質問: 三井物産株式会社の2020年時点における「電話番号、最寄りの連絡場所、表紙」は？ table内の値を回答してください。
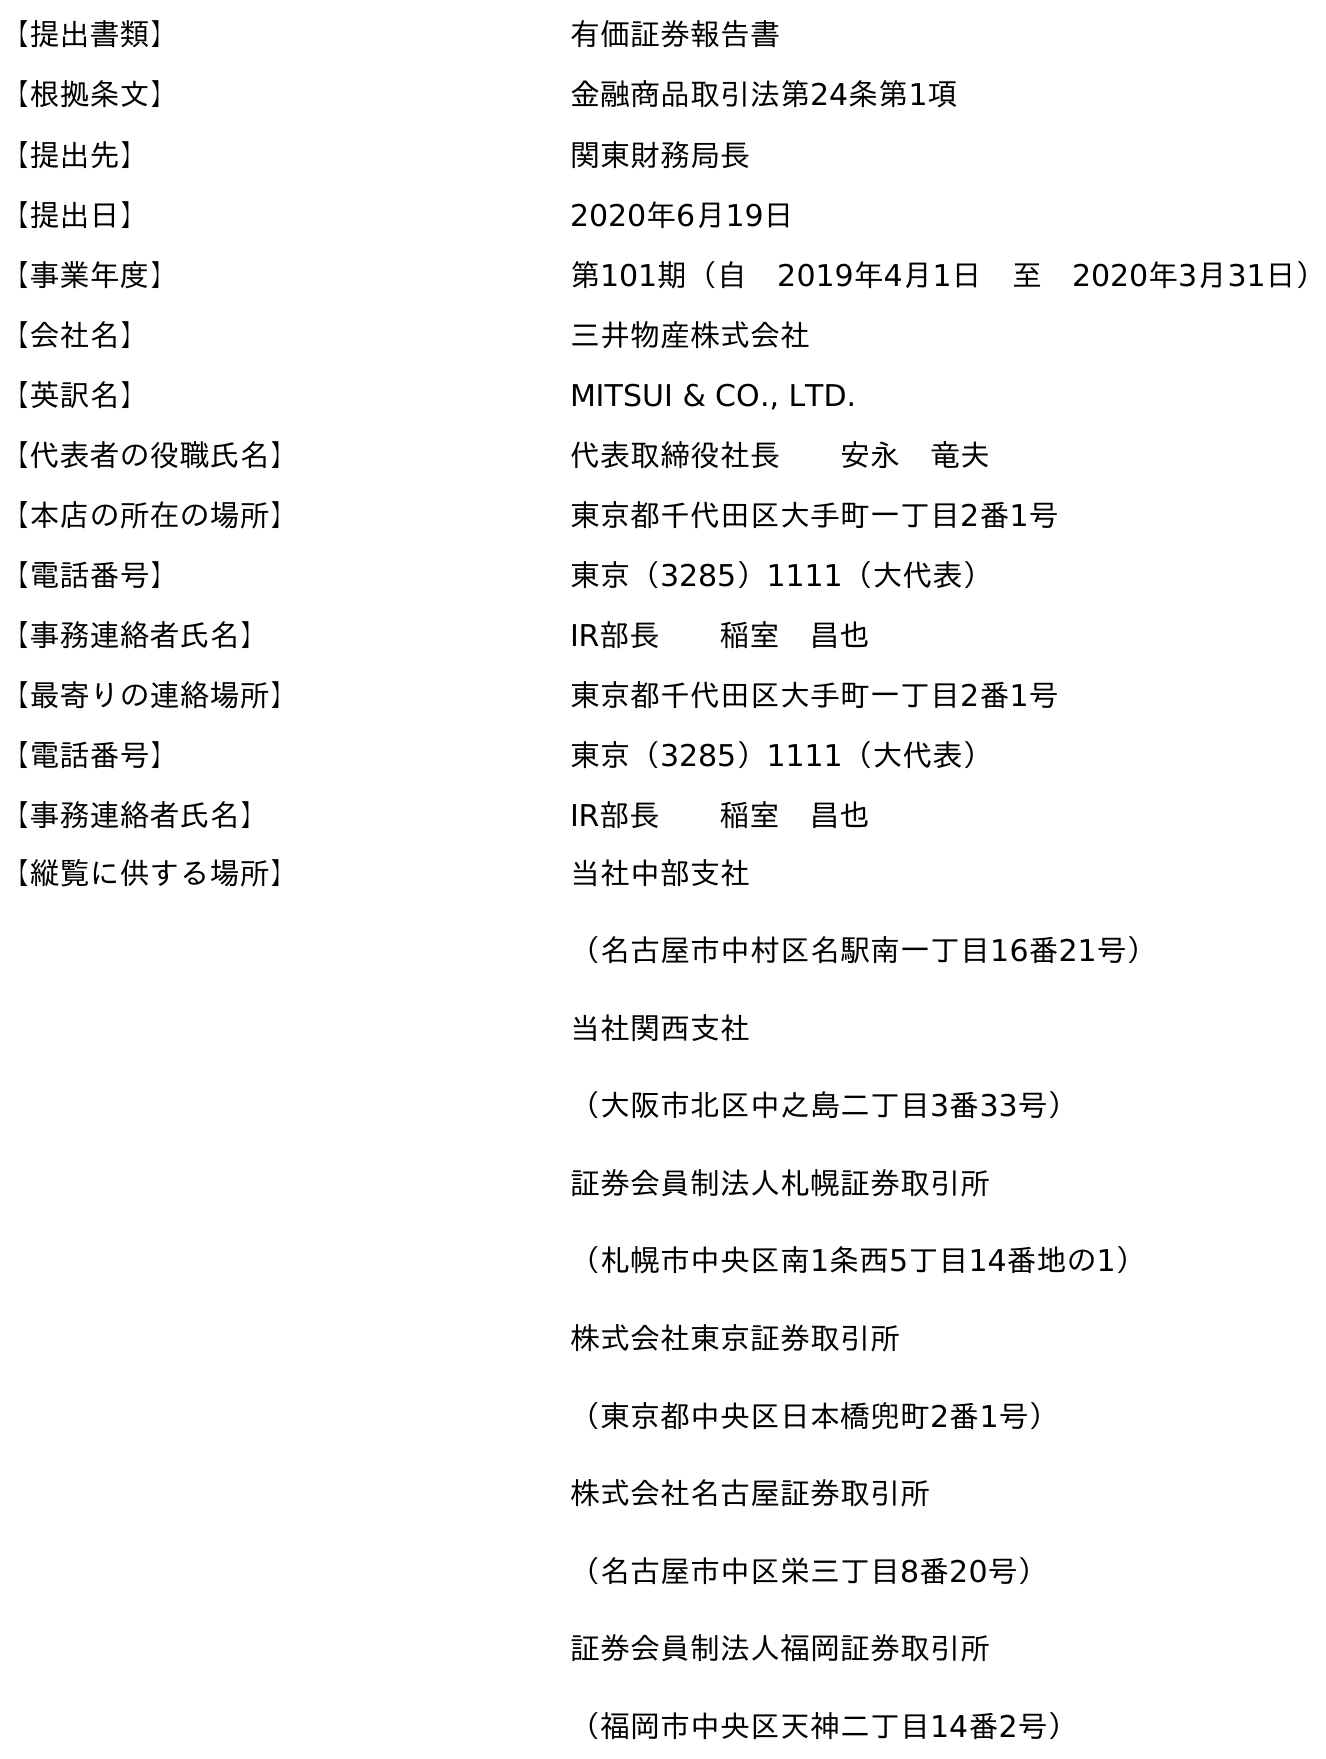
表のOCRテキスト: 【提出書類】 有価証券報告書 【根拠条文】 金融商品取引法第24条第1項 【提出先】 関東財務局長 【提出日】 2020年6月19日 【事業年度】 第101期（自 2019年4月1日 至 2020年3月31日） 【会社名】 三井物産株式会社 【英訳名】 MITSUI & CO., LTD. 【代表者の役職氏名】 代表取締役社長  安永 竜夫 【本店の所在の場所】 東京都千代田区大手町一丁目2番1号 【電話番号】 東京（3285）1111（大代表） 【事務連絡者氏名】 IR部長  稲室 昌也 【最寄りの連絡場所】 東京都千代田区大手町一丁目2番1号 【電話番号】 東京（3285）1111（大代表） 【事務連絡者氏名】 IR部長  稲室 昌也 【縦覧に供する場所】 当社中部支社 （名古屋市中村区名駅南一丁目16番21号） 当社関西支社 （大阪市北区中之島二丁目3番33号） 証券会員制法人札幌証券取引所 （札幌市中央区南1条西5丁目14番地の1） 株式会社東京証券取引所 （東京都中央区日本橋兜町2番1号） 株式会社名古屋証券取引所 （名古屋市中区栄三丁目8番20号） 証券会員制法人福岡証券取引所 （福岡市中央区天神二丁目14番2号）
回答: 東京（3285）1111（大代表）